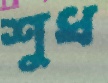
শুধ